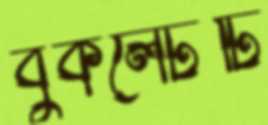
বুকলেটটি